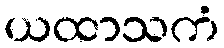
ယထာသကံ